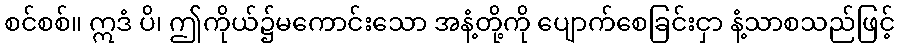
စင်စစ်။ ဣဒံ ပိ၊ ဤကိုယ်၌မကောင်းသော အနံ့တို့ကို ပျောက်စေခြင်းငှာ နံ့သာစသည်ဖြင့်